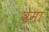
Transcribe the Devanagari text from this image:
वेमा